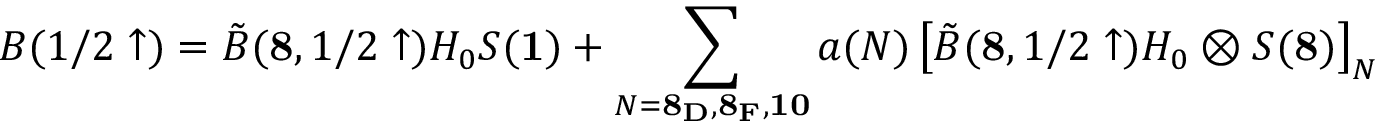
B ( 1 / 2 \uparrow ) = \tilde { B } ( { \bf 8 } , 1 / 2 \uparrow ) H _ { 0 } S ( { \bf 1 } ) + \sum _ { N = { \bf 8 _ { D } , 8 _ { F } , 1 0 } } a ( N ) \left[ \tilde { B } ( { \bf 8 } , 1 / 2 \uparrow ) H _ { 0 } \otimes S ( { \bf 8 } ) \right] _ { N }